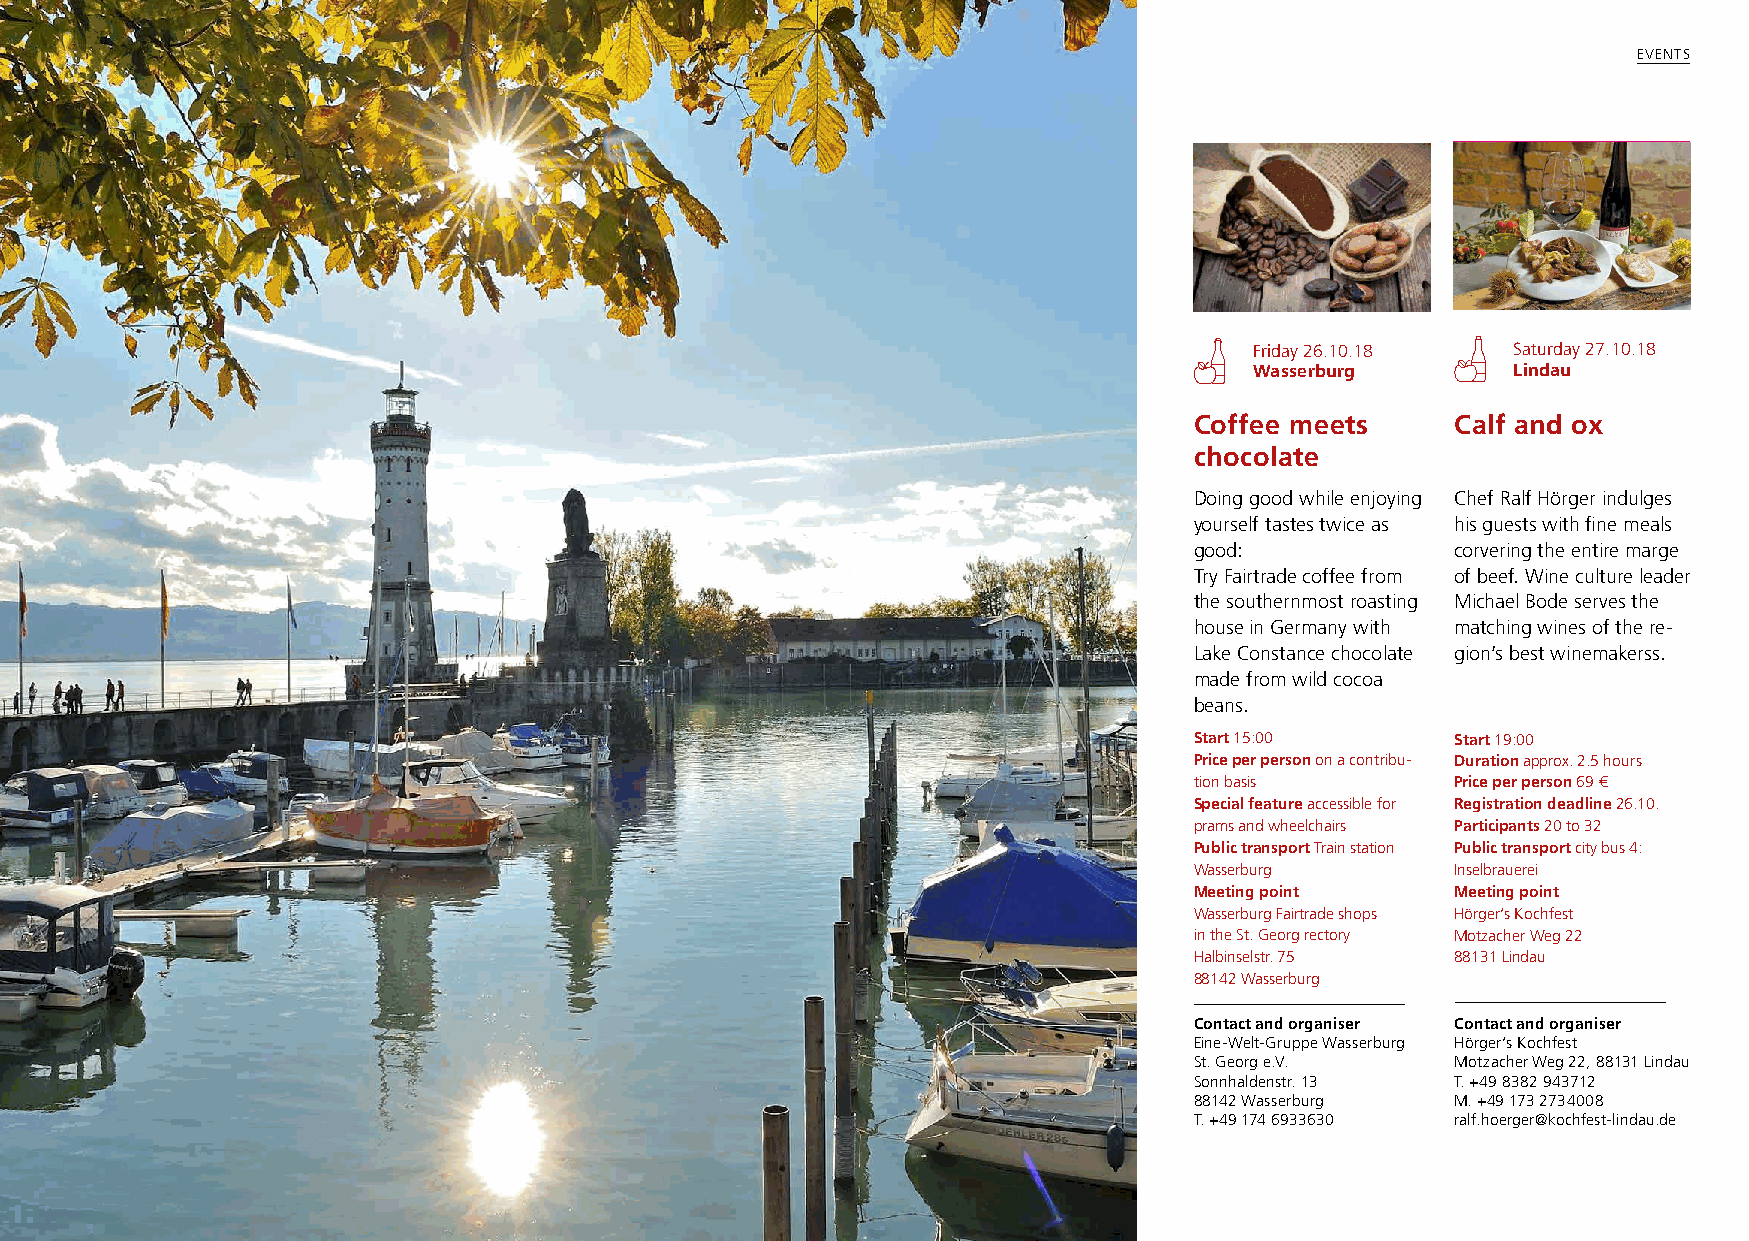
EVENTS
 Friday 26.10.18  Saturday 27.10.18
 Wasserburg       Lindau
 Coffee meets     Calf and ox
 chocolate
 Doing good while enjoying Chef Ralf Hörger indulges
 yourself tastes twice as his guests with fine meals
 good:            corvering the entire marge
 Try Fairtrade coffee from of beef. Wine culture leader
 the southernmost roasting Michael Bode serves the
 house in Germany with matching wines of the re-
 Lake Constance chocolate gion’s best winemakerss.
 made from wild cocoa
 beans.
 Start 15:00      Start 19:00
 Price per person on a contribu- Duration approx. 2.5 hours
 tion basis       Price per person 69 €
 Special feature accessible for Registration deadline 26.10.
 prams and wheelchairs Participants 20 to 32
 Public transport Train station Public transport city bus 4:
 Wasserburg       Inselbrauerei
 Meeting point    Meeting point
 Wasserburg Fairtrade shops Hörger‘s Kochfest
 in the St. Georg rectory Motzacher Weg 22
 Halbinselstr. 75 88131 Lindau
 88142 Wasserburg
 Contact and organiser Contact and organiser
 Eine-Welt-Gruppe Wasserburg Hörger‘s Kochfest
 St. Georg e.V.   Motzacher Weg 22, 88131 Lindau
 Sonnhaldenstr. 13 T. +49 8382 943712
 88142 Wasserburg M. +49 173 2734008
 T. +49 174 6933630 ralf.hoerger@kochfest-lindau.de